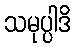
သမုပ္ပါဒိ